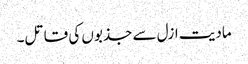
مادیت ازل سے جذبوں کی قاتل۔